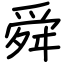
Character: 舜